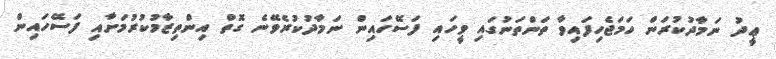
ޢީދު ނަމާދުކުރަން ހަމަޖެހިފައިވާ ތަންތަނުގައި ވީހައި ފަސޭހައިން ނަމާދުކުރެވޭނެ ގޮތް އިންތިޒާމުކުރުމަށާއި ފަސޭހައިން